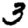
Digit: 3